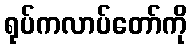
ရုပ်ကလာပ်တော်ကို